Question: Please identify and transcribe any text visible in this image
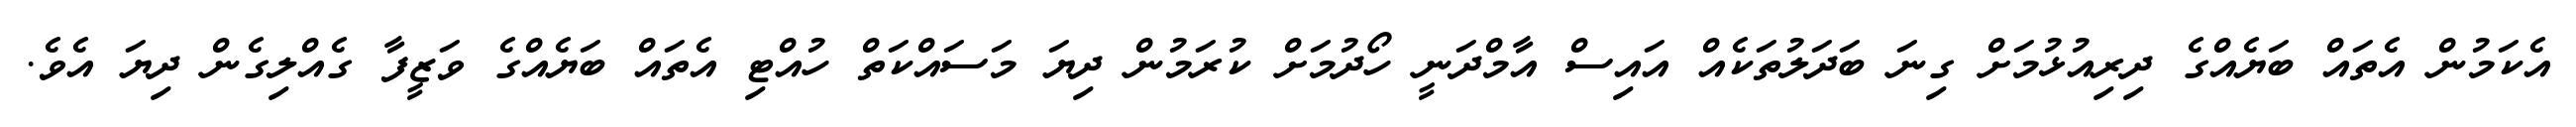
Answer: އެކަމުން އެތައް ބަޔެއްގެ ދިރިއުޅުމަށް ގިނަ ބަދަލުތަކެއް އައިސް އާމްދަނީ ހޯދުމަށް ކުރަމުން ދިޔަ މަސައްކަތް ހުއްޓި އެތައް ބަޔެއްގެ ވަޒީފާ ގެއްލިގެން ދިޔަ އެވެ.